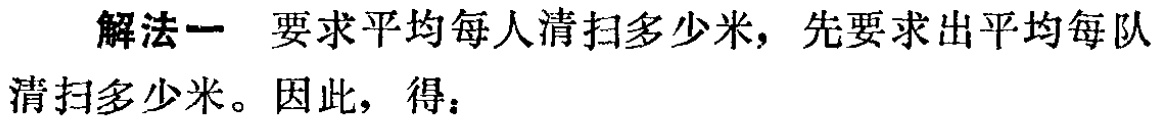
解法一 要求平均每人清扫多少米，先要求出平均每队清扫多少米。因此，得：